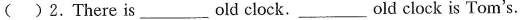
()2.There is___old clock. old clock is Tom's.